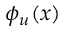
\phi _ { u } ( x )